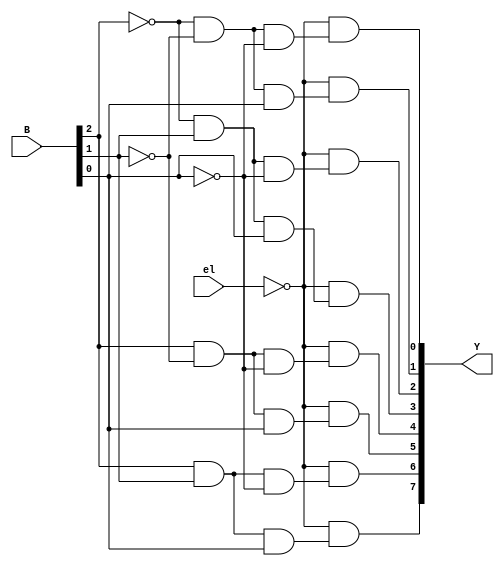
// Code your design here
// Code your design here
module decoder3to8df(output [7:0]Y,input el,input [2:0]B);
  assign Y[0]=(~el)&(~(B[2])&(~B[1])&(~B[0])),
    Y[1]=(~el)&(~el)&(~(B[2])&(~B[1])&(B[0])),
    Y[2]=(~el)&(~(B[2])&(B[1])&(~B[0])),
    Y[3]=(~el)&(~(B[2])&(B[1])&(B[0])),
    Y[4]=(~el)&((B[2])&(~B[1])&(~B[0])),
    Y[5]=(~el)&((B[2])&(~B[1])&(B[0])),
    Y[6]=(~el)&((B[2])&(B[1])&(~B[0])),
    Y[7]=(~el)&((B[2])&(B[1])&(B[0]));
endmodule


module decoder4to16df(output [15:0]y,input [3:0]A);
  wire [2:0]w2;

  assign w2={A[2],A[1],A[0]};
//   assign w3=y[7:0];
//   assign w1=;
  decoder3to8df formsb(.Y(y[15:8]),.el(~A[3]),.B(w2));
  decoder3to8df forlsb(.Y(y[7:0]),.el((A[3])),.B(w2));
endmodule


// Code your design here
module BCDtoXS3(output [3:0]X,input [3:0]B);

  wire [15:0]M;
  wire [3:0]w5;
  assign w5=({B[3],B[2],B[1],B[0]});

  decoder4to16df getxs3min(.y(M[15:0]),.A((w5)));
 assign X[0]=(M[0]|M[2]|M[4]|M[6]|M[8]);
  or g4(X[1],M[0],M[3],M[4],M[7],M[8]);
//  or g1(X[0],M[0],M[2],M[4],M[6],M[8]);
  or g2(X[2],M[1],M[3],M[2],M[4],M[9]);
  or g3(X[3],M[7],M[6],M[5],M[9],M[8]);
   // or g5(X[1],M[0],M[3],M[4],M[7],M[8]);
endmodule



// Code your testbench here
// or browse Examples
// Code your testbench here
// or browse Examples
module tb_BCDtoXS3;
  reg [3:0]B;
  wire [3:0]X;
  //decoder4to16df DUT(y,A);
  BCDtoXS3 DUT(X,B);
  initial begin
    //el=1'b0;
//    el=1'b1;
      B=4'b0000;
    #5 B=4'b0001;
    #5 B=4'b0010;
    #5 B=4'b0011;
    #5 B=4'b0100;
    #5 B=4'b0101;
    #5 B=4'b0110;
    #5 B=4'b0111;
    #5 B=4'b1000;
    #5 B=4'b1001;
    #5 B=4'b1010;
    #5 B=4'b1011;
    #5 B=4'b1100;
    #5 B=4'b1101;
    #5 B=4'b1110;
    #5 B=4'b1111;
  end
  initial begin
    $monitor($time," BINARY  is %b and converted as XS-3  %b",B,X);
  end
endmodule